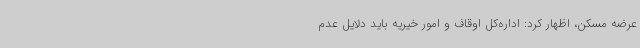
عرضه مسکن، اظهار کرد: اداره‌کل اوقاف و امور خیریه باید دلایل عدم